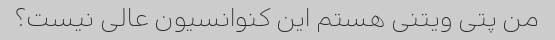
من پتی ویتنی هستم این کنوانسیون عالی نیست؟